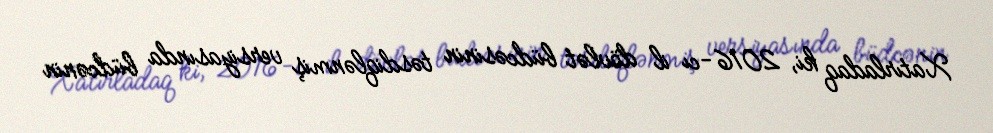
Xatırladaq ki, 2016-cı il dövlət büdcəsinin təsdiqlənmiş versiyasında büdcənin